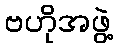
ဗဟိုအဖွဲ့